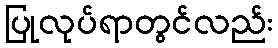
ပြုလုပ်ရာတွင်လည်း